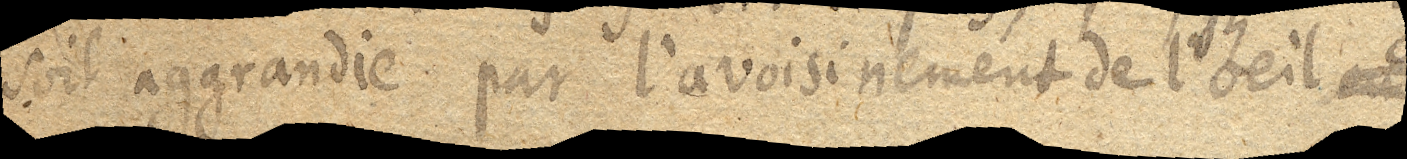
soit aggrandie par l’avoisinement de l’oeil en